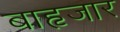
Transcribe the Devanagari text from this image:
बाहृजार